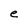
Character: e